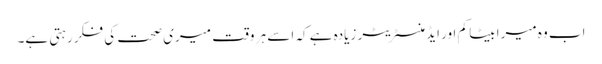
اب وہ میرا بیٹا کم اور ایڈمنسٹریٹر زیادہ ہے کہ اسے ہر وقت میری صحت کی فکر رہتی ہے۔